Rangoon Lunatic Asylum 1878-1892 - 1878-1892
Year: 1878
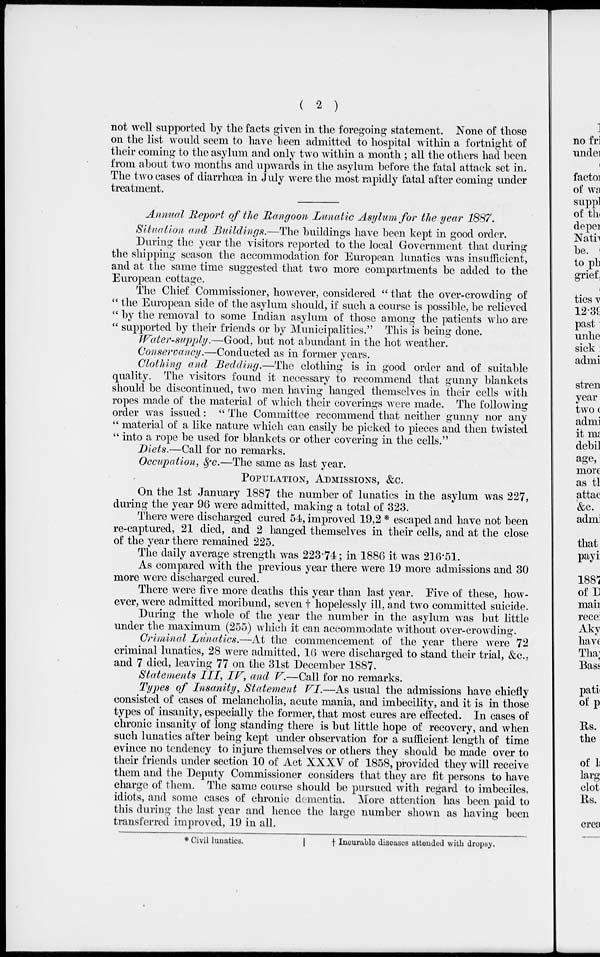
( 2 )
not well supported by the facts given in the foregoing statement. None of those
on the list would seem to have been admitted to hospital within a fortnight of
their coming to the asylum and only two within a month ; all the others had been
from about two months and upwards in the asylum before the fatal attack set in.
The two cases of diarrhœa in July were the most rapidly fatal after coming under
treatment.
Annual Report of the Rangoon Lunatic Asylum for the year 1887.
Situation and Buildings.—The buildings have been kept in good order.
During the year the visitors reported to the local Government that during
the shipping season the accommodation for European lunatics was insufficient,
and at the same time suggested that two more compartments be added to the
European cottage.
The Chief Commissioner, however, considered " that the over-crowding of
" the European side of the asylum should, if such a course is possible, be relieved
" by the removal to some Indian asylum of those among the patients who are
" supported by their friends or by Municipalities." This is being done.
Water-supply.—Good, but not abundant in the hot weather.
Conservancy.—Conducted as in former years.
Clothing and Bedding.—The clothing is in good order and of suitable
quality. The visitors found it necessary to recommend that gunny blankets
should be discontinued, two men having hanged themselves in their cells with
ropes made of the material of which their coverings were made. The following
order was issued: " The Committee recommend that neither gunny nor any
" material of a like nature which can easily be picked to pieces and then twisted
" into a rope be used for blankets or other covering in the cells."
Diets.—Call for no remarks.
Occupation, &c.—The same as last year.
POPULATION, ADMISSIONS, &c.
On the 1st January 1887 the number of lunatics in the asylum was 227,
during the year 96 were admitted, making a total of 323.
There were discharged cured 54, improved 19,2 * escaped and have not been
re-captured, 21 died, and 2 hanged themselves in their cells, and at the close
of the year there remained 225.
The daily average strength was 223.74; in 1886 it was 216.51.
As compared with the previous year there were 19 more admissions and 30
more were discharged cured.
There were five more deaths this year than last year. Five of these, how-
ever, were admitted moribund, seven † hopelessly ill, and two committed suicide.
During the whole of the year the number in the asylum was but little
under the maximum (255) which it can accommodate without over-crowding.
Criminal Lunatics.—At the commencement of the year there were 72
criminal lunatics, 28 were admitted, 16 were discharged to stand their trial, &c.,
and 7 died, leaving 77 on the 31st December 1887.
Statements III, IV, and V.—Call for no remarks.
Types of Insanity, Statement VI.—As usual the admissions have chiefly
consisted of cases of melancholia, acute mania, and imbecility, and it is in those
types of insanity, especially the former, that most cures are effected. In cases of
chronic insanity of long standing there is but little hope of recovery, and when
such lunatics after being kept under observation for a sufficient length of time
evince no tendency to injure themselves or others they should be made over to
their friends under section 10 of Act XXXV of 1858, provided they will receive
them and the Deputy Commissioner considers that they are fit persons to have
charge of them. The same course should be pursued with regard to imbeciles,
idiots, and some cases of chronic dementia. More attention has been paid to
this during the last year and hence the large number shown as having been
transferred improved, 19 in all.
* Civil lunatics.
† Incurable diseases attended with dropsy.